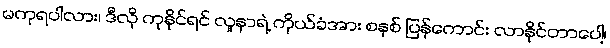
မကုရပါလား၊ ဒီလို ကုနိုင်ရင် လူနာရဲ့ ကိုယ်ခံအား စနစ် ပြန်ကောင်း လာနိုင်တာပေါ့၊